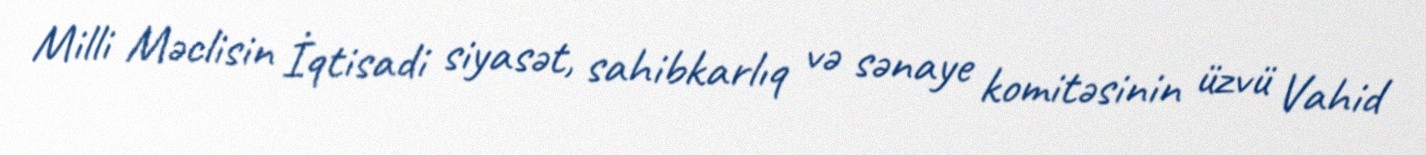
Milli Məclisin İqtisadi siyasət, sahibkarlıq və sənaye komitəsinin üzvü Vahid